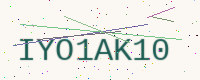
Text: IYO1AK10